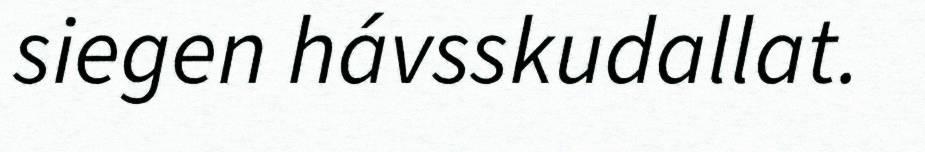
siegen hávsskudallat.